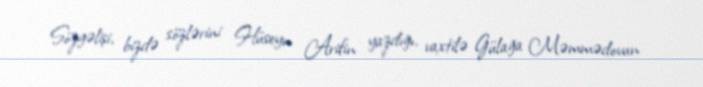
Sözgəlişi, bizdə sözlərini Hüseyn Arifin yazdığı, vaxtilə Gülağa Məmmədovun